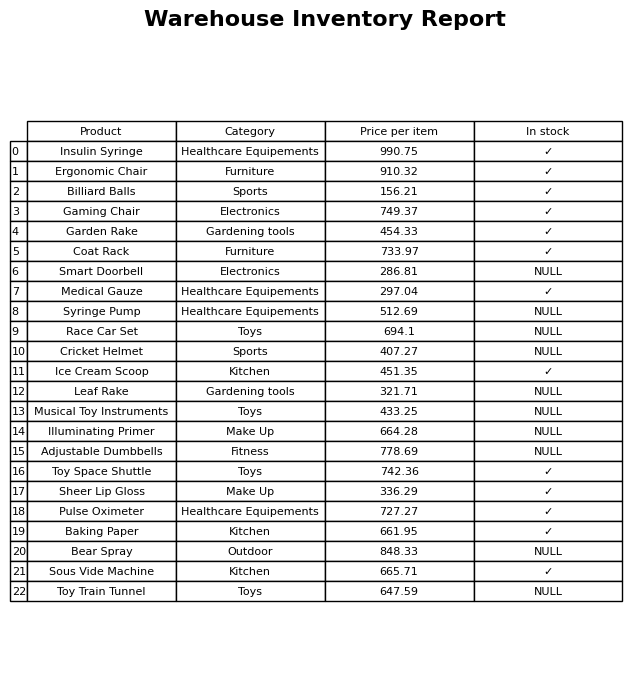
question: What category does the Illuminating Primer belong to?
answer: Make Up